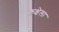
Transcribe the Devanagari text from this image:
कक्षेला